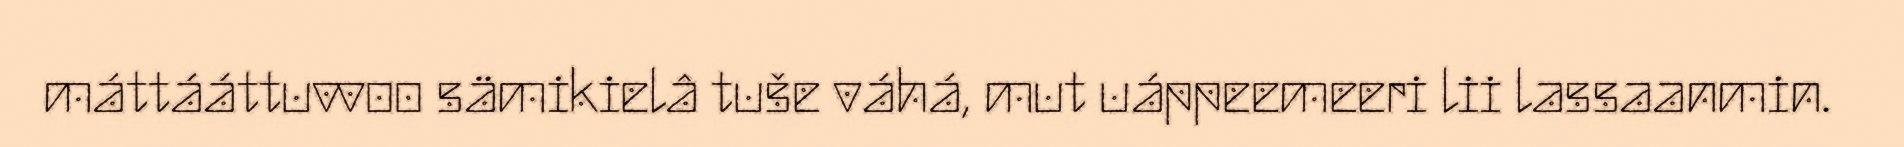
máttááttuvvoo sämikielâ tuše váhá, mut uáppeemeeri lii lassaanmin.